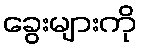
ခွေးများကို